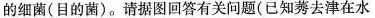
的细菌(目的菌)。请据图回答有关问题(已知莠去津在水